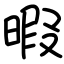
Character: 暇